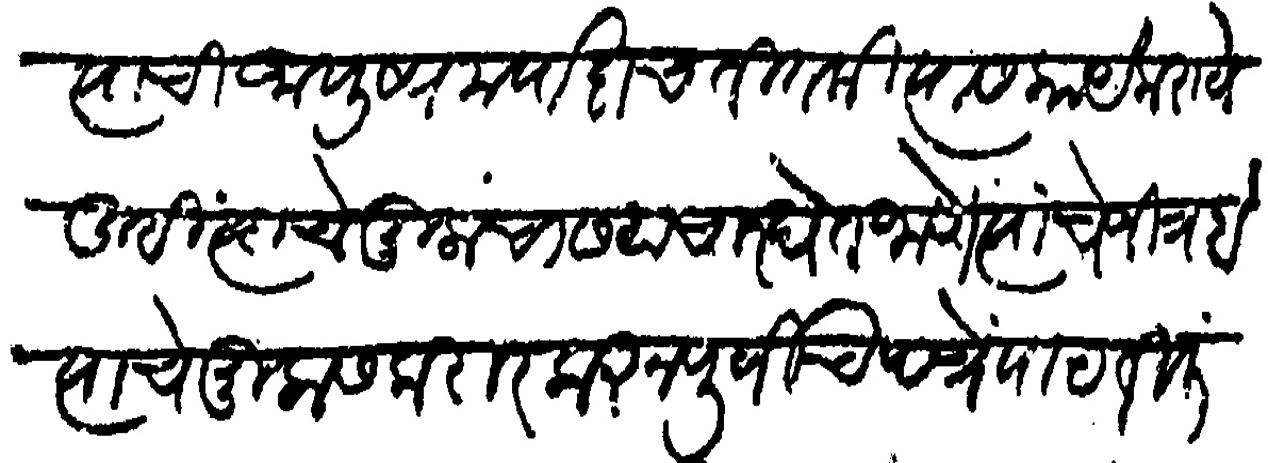
Transliteration (Devanagari): त्याची आयुष्यमर्यादाच तितकी त्यास काय करावे तुम्ही त्याचे मुलाचा समाचार घेत जाणे त्याचे जित्रब त्याचे मुलास करार करून पूर्वीच पत्रे पाठवीली